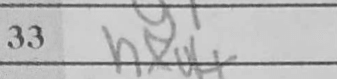
Transcription: hxg4